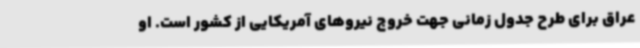
عراق برای طرح جدول زمانی جهت خروج نیروهای آمریکایی از کشور است. او